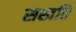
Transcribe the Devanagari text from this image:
सखति